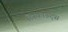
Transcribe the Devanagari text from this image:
डिस्काऊंट्स